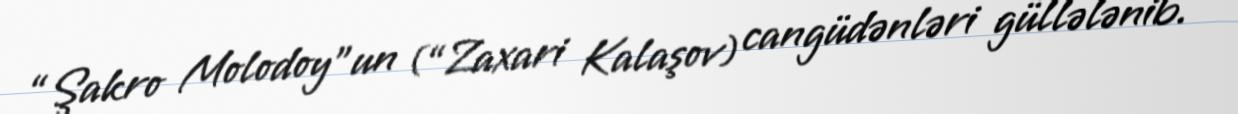
“Şakro Molodoy”un (“Zaxari Kalaşov) cangüdənləri güllələnib.